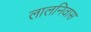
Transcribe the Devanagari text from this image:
लालनिवास